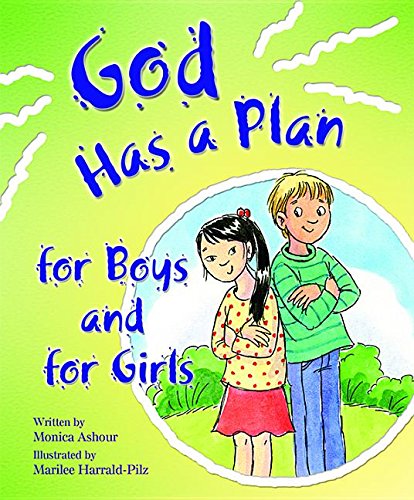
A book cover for God Has a Plan for Boys and for Girls (Building Blocks of Tob for Kids); Monica Ashour; Christian Books & Bibles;